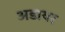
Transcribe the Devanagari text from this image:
अडायर